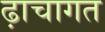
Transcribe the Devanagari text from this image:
ढ़ाचागत